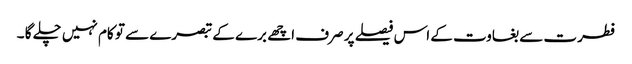
فطرت سے بغاوت کے اس فیصلے پر صرف اچھے برے کے تبصرے سے تو کام نہیں چلے گا ۔